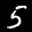
Label: 5